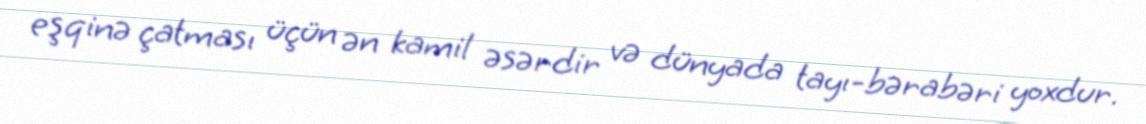
eşqinə çatması üçün ən kamil əsərdir və dünyada tayı-bərabəri yoxdur.